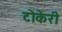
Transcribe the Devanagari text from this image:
टोकेरी